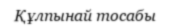
Құлпынай тосабы